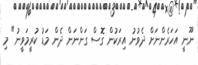
ނޫނީ އަހަރެންނަށް ދެވުނު އިރަކުން ގޮސް ގަންނަން ދެން މަޑު ކުރީމަވީނު" މި